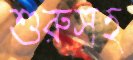
শুরুসহ